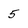
Character: 5